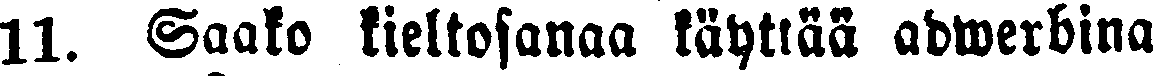
11. Saako kieltosanaa käyttää adwerbina